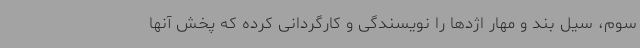
سوم، سیل بند و مهار اژدها را نویسندگی‌ و کارگردانی کرده که پخش آنها